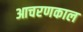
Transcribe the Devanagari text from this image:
आचरणकाल